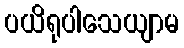
ပယိရုပါသေယျာမ